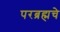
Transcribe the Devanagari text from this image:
परब्रह्मचे